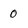
Character: 0